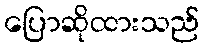
ပြောဆိုထားသည်